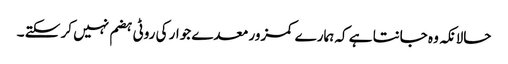
حالانکہ وہ جانتا ہے کہ ہمارے کمزور معدے جوار کی روٹی ہضم نہیں کر سکتے ۔